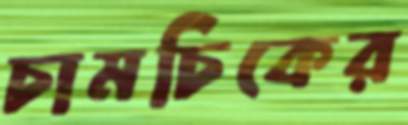
চামচিকের